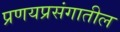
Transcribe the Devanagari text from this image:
प्रणयप्रसंगातील